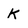
Character: K